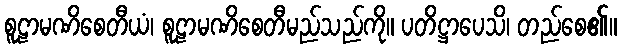
စူဠာမဏိစေတီယံ၊ စူဠာမဏိစေတီမည်သည်ကို။ ပတိဋ္ဌာပေသိ၊ တည်စေ၏။